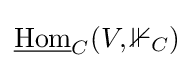
{\underline {\mathrm {Hom} }}_{C}(V,\mathbb {1} _{C})